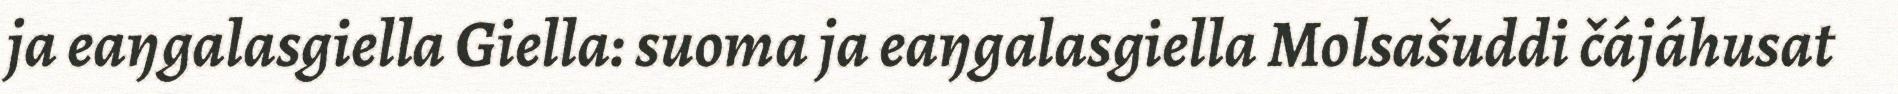
ja eaŋgalasgiella Giella: suoma ja eaŋgalasgiella Molsašuddi čájáhusat